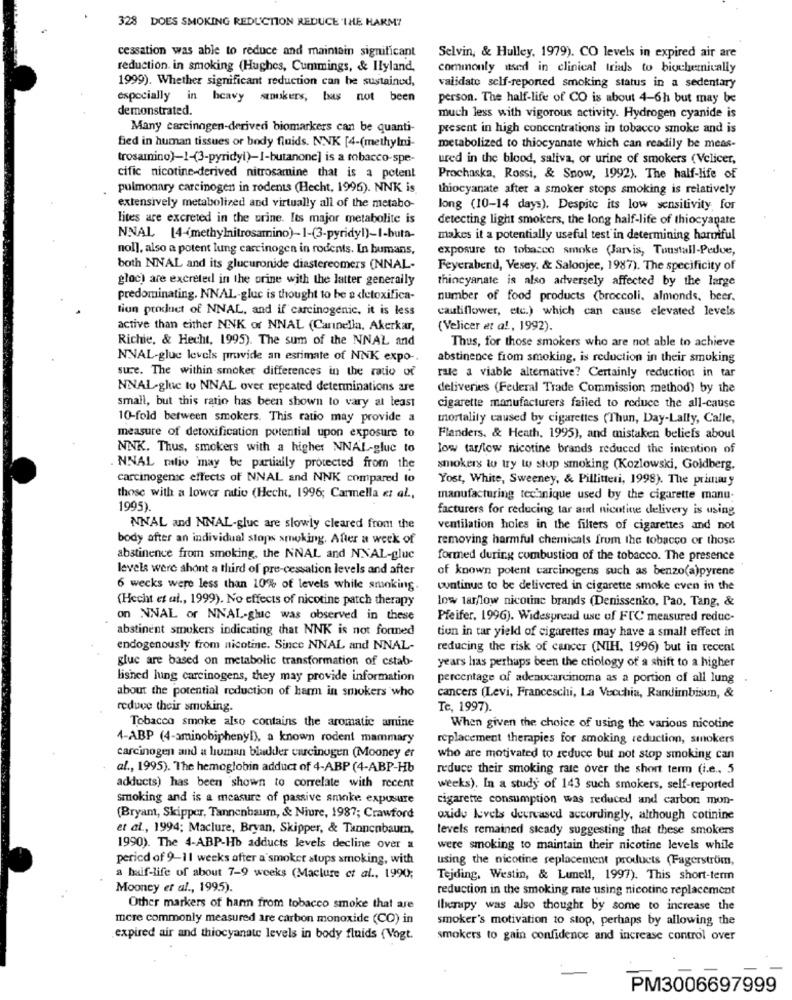
328 DOES SMOKING REDUCTION REDUCE THE HARM?
cessation was able to reduce and maintain significant
Selvin, & Hulley. 1979). CO levels in expired air are
reduction in smoking (Hughes, Cummings, & Ilyland,
commonly used in clinical trials to biochemically
1999). Whether significant reduction can be sustainud,
validato self-reported smoking status in a sedentary
especially in heavy
sukers, has not been
person. The half-life of CO is about 4-6h but may be
demonstrated.
much less with vigorous activity. Hydrogen cyanide is
Many carcinogen-derived biomarkers can be quanti-
present in high concentrations in tobacco smoke and is
fied in human tissues or body fluids. NNK [4-(methylni-
metabolized to thiocyanate which can readily be meas-
trosamino)-1-(3-pyridyi)-I-butanone] is a tobacco-spe-
ured in the blood, saliva, or urine of smokers (Velicer,
cific nicotine-derived nitrosamine that is a potent
Prochaska, Rossi, & Snow, 1992). The half-life of
pulmonary carcinogen in rodents (Hecht, 1996). NNK is
thiocyanate after a smoker stops smoking is relatively
extensively metabolized and virtually all of the metabo-
long (10-14 days). Despite its low sensitivity for
lites are excreted in the urine. Its major metabolite is
detecting light smokers, the long half-life of thiocyanate
NNAL [4-methylnitrosamino)-1-(3-pyridyl)-1-buta-
makes it a potentially useful test in determining harmful
nol], also a potent lung carcinogen in rodents. In bumans,
exposure to tobacco smoke (Jarvis, Toustall-Pedue,
both NNAL and its glucuronide diastereomers (NNAL-
Feyerabend, Vesey. & Saloojee, 1987). The specificity of
gloc) are excreted in the orine with the latter generally
thincyanate is also adversely affected by the large
predominating. NNAL-gluc is thought to be a detoxifica-
number of food products (broccoli, almonds, beer.
tion product of NNAL, and if carcinogenic, it is less
cauliflower, etc.) which can cause elevated levels
active than either NNK of NNAL (Carnella, Akerkar,
(Velicer et al, 1992).
Richie, & Hecht, 1995). The sum of the NNAL and
Thus, for those smokers who are not able to achieve
NNAL-glue levels provide an estimate of NNK expo-
abstinence from smoking, is reduction in their smoking
sure. The within smoker differences in the ratio of
rate a viable alternative? Certainly reduction in tar
NNAL-glue to NNAL over repeated determinations are
deliveries (Federal Trade Commission method) by the
small, but this ratio has been shown to vary at least
cigarette manufacturers failed to reduce the all-cause
10-fold between smokers. This ratio may provide a
mortality caused by cigarettes (Thun, Day-Lally, Calle,
measure of detoxification potential upon exposure to
Flanders, & Heath, 1995), and mistaken beliefs about
NNK. Thus, smokers with a higher NNAL-gluc to
low tar/low nicotine brands reduced the intention of
NNAL milio may be partially protected from the
smokers tu try to stop smoking (Kozlowski, Goldberg.
carcinogenic effects of NNAL and NNK compared to
Yost, White, Sweeney, & Pillitteri, 1998). The primuuy
those with a lower ratio (Hecht, 1996; Carmella et al .,
manufacturing technique used by the cigarette manu;
1995)
facturers for reducing tar aud nicotine delivery is using
NNAL and NNAL-gluc are slowly cleared from the
ventilation holes in the filters of cigarettes and not
body after an individual stops smoking. After a week of
removing harmful chemicals from the tobacco or those
abstinence from smoking, the NNAL and NNAL-gluc
formed during combustion of the tobacco. The presence
levels were ahont a third of pre-cessation levels and after
of known potent carcinogens such as benzo(a)pyrene
6 wecks were less than 10% of levels while smoking.
continue to be delivered in cigarette smoke even in the
(Hecht et al ., 1999). No effects of nicotine patch therapy
loww tarlow nicotine brands (Denissenko, Pao, Tang, &
on NNAL or NNAL-gluc was observed in these
Pfeifer, 1996). Widespread use of FTC measured reduc-
abstinent smokers indicating that NNK is not formed
tion in tar yield of cigarettes may have a small effect in
endogenously from nicotine. Since NNAL and NNAL-
reducing the risk of cancer (NIH, 1996) but in recent
gluc are based on metabolic transformation of cstab
years has perhaps been the ctiology of a shift to a higher
lished lung carcinogens, they may provide information
percentage of adenocarcinoma as a portion of all lung
about the potential reduction of harm in smokers who
cancers (Levi, Franceschi, La Vecchia, Randimbisun, &
reduve their smoking.
Te, 1997).
Tobacco smoke also contains the aromatic amine
When given the choice of using the various nicotine
4-ABP (4-aminobiphenyl), a known rodent mammary
replacement therapies for smoking reduction, smokers
carcinogen and a human bladder carcinogen (Mooney er
who are motivated to reduce but not stop smoking can
al ., 1995). The hemoglobin adduct of 4-ABP (4-ABP-Hb
reduce their smoking rate over the short term (i.e ., 5
adducts) has been shown to correlate with recent
weeks). In a study of 143 such smokers, self-reported
smoking and is a measure of passive smoke exposure
cigarette consumption was reduced and carbon mon-
(Bryan, Skipper, Tannenbaum, & Niure, 1987; Crawford
oxidu levels decreased accordingly, although cotinine
et al ., 1994; Maclure, Bryan, Skipper, & Tannenbaum,
levels remained sicady suggesting that these smokers
1990). The 4-ABP-Hb adducts levels decline over a
were smoking to maintain their nicotine levels while
period of 9-11 weeks after a smoker stups smoking, with
using the nicotine replacement products (Fagerström,
a half-life of about 7-9 weeks (Maclure et al ., 1990;
Tejding, Westin, & Lunell, 1997). This short-term
Mooney et al ., 1995).
reduction in the smoking rate using nicotine replacement
Other markers of harm from tobacco smoke that are
Ilkrupy was also thought by some to increase the
mere commonly measured are carbon monoxide (CO) in
smoker's motivation to stop, perhaps by allowing the
expired air and thiocyanate levels in body fluids (Vogt.
smokers to gain confidence and increase control over
PM3006697999